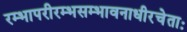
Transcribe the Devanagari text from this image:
रम्भापरीरम्भसम्भावनाधीरचेताः